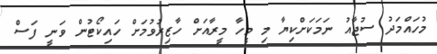
މުހައްމަދު ސުޖާއު ނަމަކަށްކިޔާ މި މީހާ މީރާއަށް ހާޒިރުވުމަށް ހައިކޯޓުން ވަނީ ފަސް